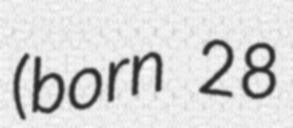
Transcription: (born 28